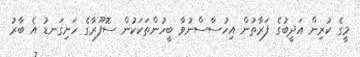
މީގެ ކުރިން އަދީބުގެ ފަރާތުން އިހުސާސްނުވާ ބީހުންތަކަކުން ސޮފޫރާގެ ހަށިގަނޑު އެ ބާރު